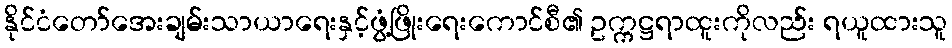
နိုင်ငံတော်အေးချမ်းသာယာရေးနှင့်ဖွံ့ဖြိုးရေးကောင်စီ၏ ဥက္ကဋ္ဌရာထူးကိုလည်း ရယူထားသူ